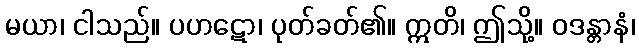
မယာ၊ ငါသည်။ ပဟဋော၊ ပုတ်ခတ်၏။ ဣတိ၊ ဤသို့။ ဝဒန္တာနံ၊